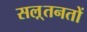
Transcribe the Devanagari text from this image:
सल़्तनतों